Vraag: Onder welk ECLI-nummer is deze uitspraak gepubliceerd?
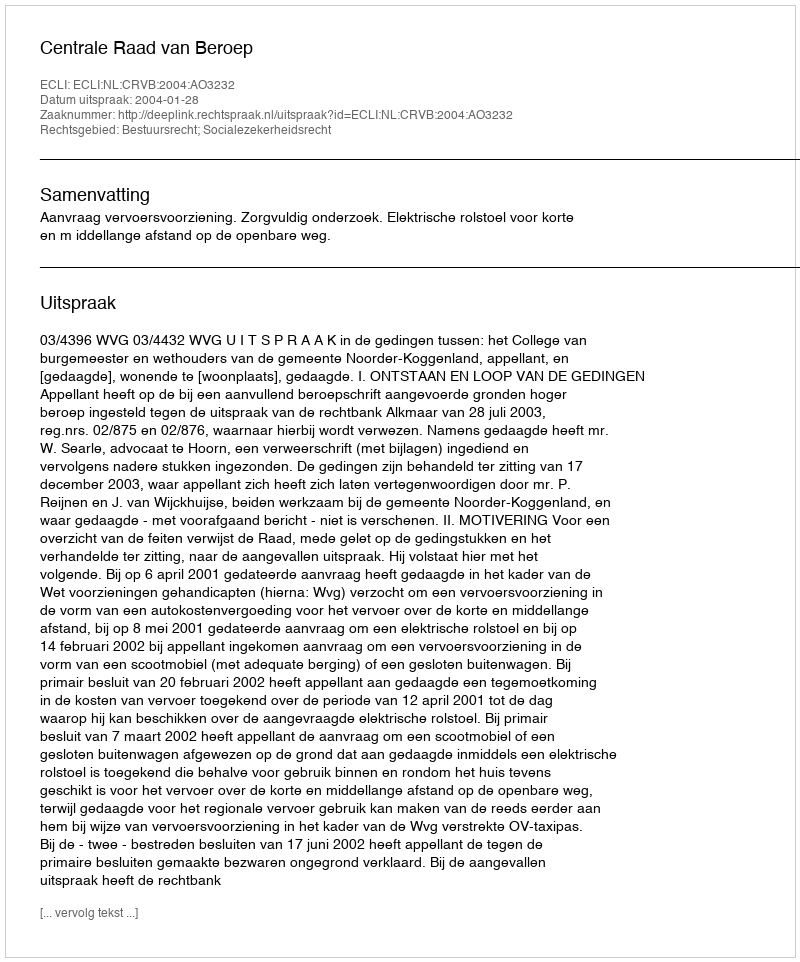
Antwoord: ECLI:NL:CRVB:2004:AO3232